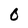
Character: 0